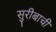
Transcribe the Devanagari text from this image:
सुरीबाची